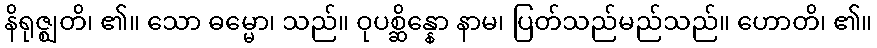
နိရုဇ္ဈတိ၊ ၏။ သော ဓမ္မော၊ သည်။ ဝုပစ္ဆိန္နော နာမ၊ ပြတ်သည်မည်သည်။ ဟောတိ၊ ၏။